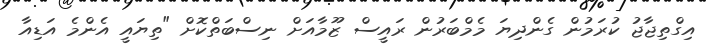
އިގްތިޖާޖު ކުރަމުން ގެންދިޔަ މެމްބަރުން ރައީސް ޒޫމާއަށް ނިސްބަތްކޮށް "ތިޔައީ އެންމެ އަޑިއާ